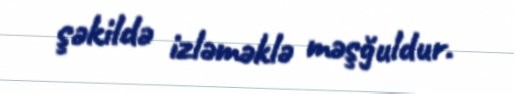
şəkildə izləməklə məşğuldur.